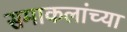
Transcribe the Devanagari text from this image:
समाकलांच्या